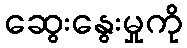
ဆွေးနွေးမှုကို